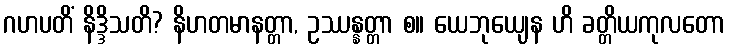
ဂဟပတိံ နိဒ္ဒိသတိ? နိဟတမာနတ္တာ, ဥဿန္နတ္တာ စ။ ယေဘုယျေန ဟိ ခတ္တိယကုလတော